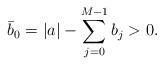
LaTeX: \begin{align*}\bar{b}_0 = |a|-\sum_{j=0}^{M-1} b_j>0.\end{align*}